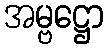
အမ္ဗဋ္ဌော